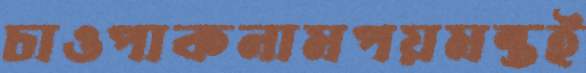
চাওপাকনামপয়মন্তই